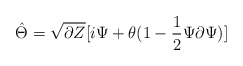
\begin{align*}\hat{\Theta}=\sqrt{\partial Z}[i\Psi+\theta(1-\frac{1}{2}\Psi\partial\Psi)]\end{align*}